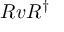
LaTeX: R v R ^ { \dagger }